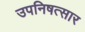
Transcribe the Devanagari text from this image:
उपनिषत्सार